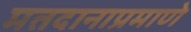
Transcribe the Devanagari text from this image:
मतदानाप्रमाणे